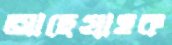
আছেগ্রাহক